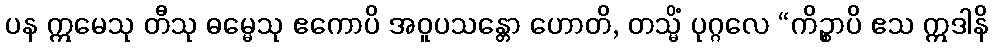
ပန ဣမေသု တီသု ဓမ္မေသု ဧကောပိ အဝူပသန္တော ဟောတိ, တသ္မိံ ပုဂ္ဂလေ “ကိဉ္စာပိ ဧသ ဣဒါနိ